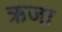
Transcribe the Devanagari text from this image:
ऋजा